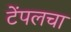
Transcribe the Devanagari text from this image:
टेंपलचा